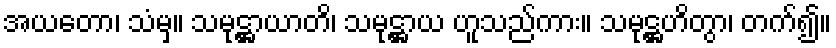
အယတော၊ သံမှ။ သမုဋ္ဌာယာတိ၊ သမုဋ္ဌာယ ဟူသည်ကား။ သမုဋ္ဌဟိတွာ၊ တက်၍။